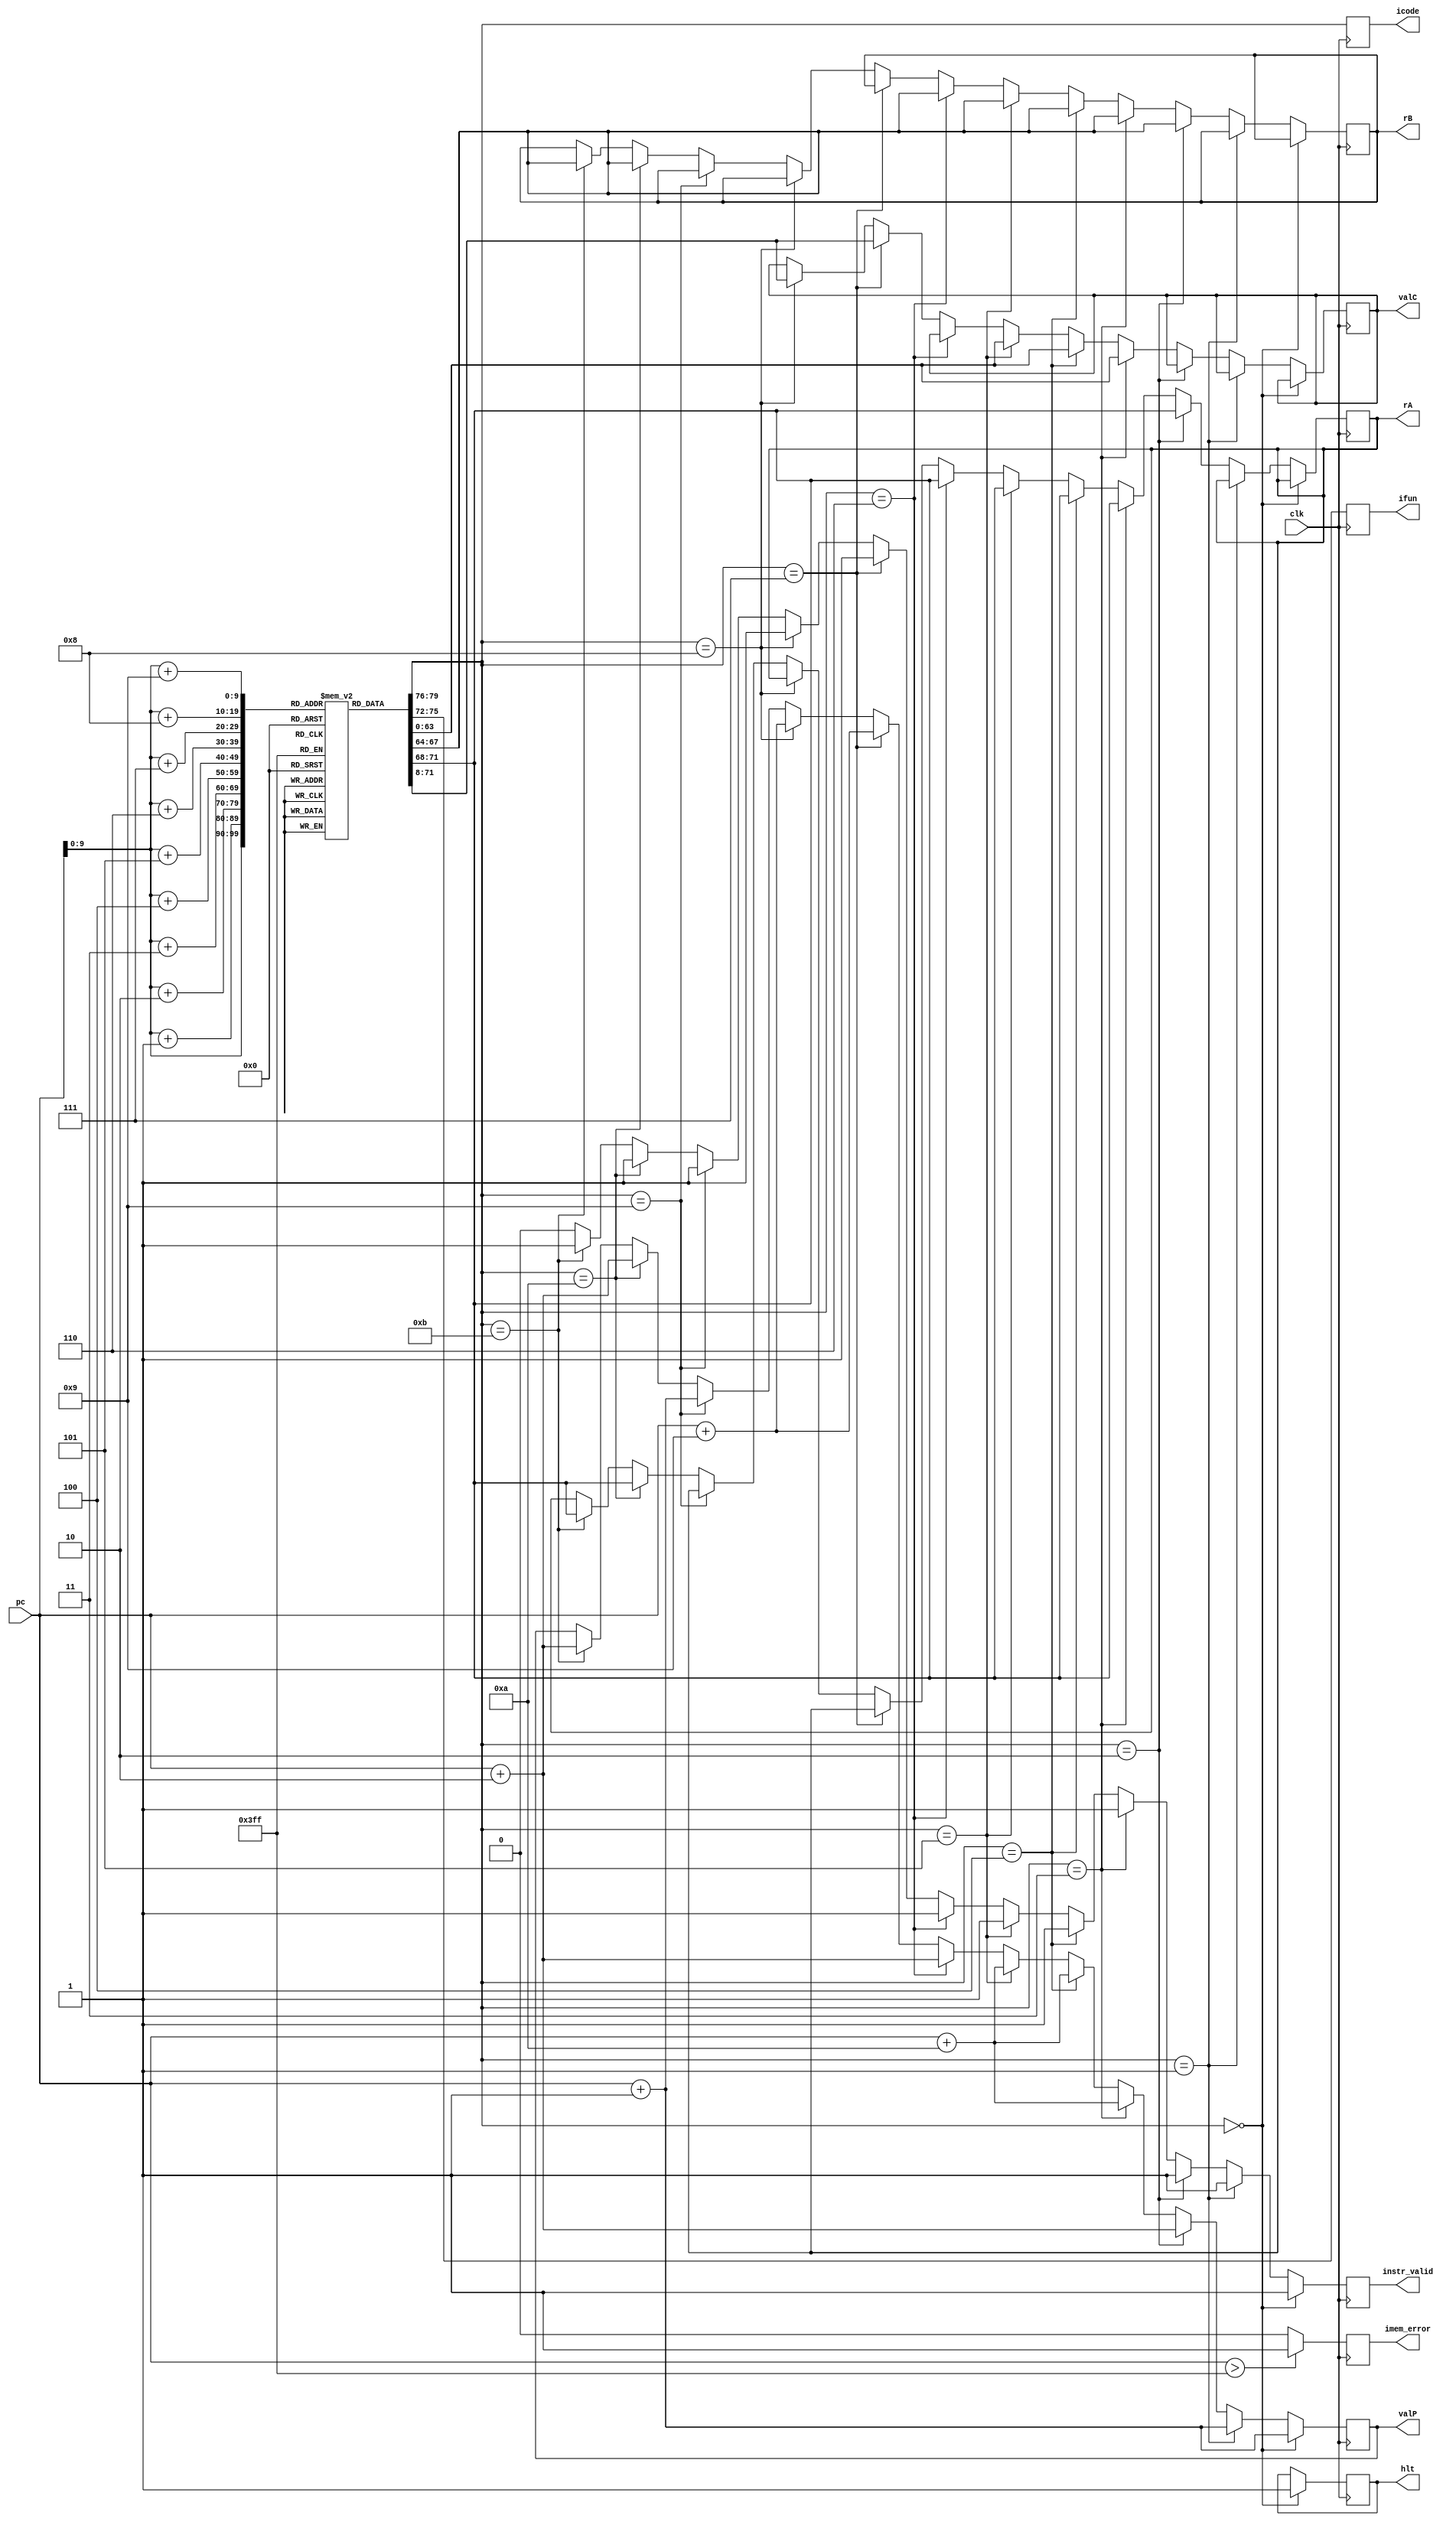
`timescale 1ns / 1ps

module fetch(
  input clk,input [63:0] pc,
  output reg [3:0] icode,output reg [3:0] ifun,output reg [3:0] rA,output reg [3:0] rB,output reg [63:0] valC,output reg [63:0] valP,
  output reg instr_valid,output reg imem_error,output reg hlt
);
  reg [7:0] instr_mem[0:1023];
  reg [0:79] instr;

  initial begin
//OPq
    instr_mem[32]=8'b01100000; 
    instr_mem[33]=8'b00100011; 
    instr_mem[34]=8'b00010000; 
    instr_mem[35]=8'b00010000; 
    instr_mem[36]=8'b00010000; 
  //cmovxx
    instr_mem[37]=8'b00100000; 
    instr_mem[38]=8'b00000100; 
    instr_mem[39]=8'b00010000;
    instr_mem[40]=8'b00010000; 
    instr_mem[41]=8'b00010000; 
    instr_mem[42]=8'b00010000; 
    instr_mem[43]=8'b00010000; 
    instr_mem[44]=8'b00010000; 
  //halt
    instr_mem[45]=8'b00000000; 
  end  
  always@(posedge clk) 
  begin 

    imem_error=0;
    if(pc>1023)imem_error=1;
    instr={
      instr_mem[pc],
      instr_mem[pc+1],
      instr_mem[pc+2],
      instr_mem[pc+3],
      instr_mem[pc+4],
      instr_mem[pc+5],
      instr_mem[pc+6],
      instr_mem[pc+7],
      instr_mem[pc+8],
      instr_mem[pc+9]
    };

    icode= instr[0:3];
    ifun= instr[4:7];

    instr_valid=1'b1;

    if(icode==4'b0000) //halt
    begin
      hlt=1;
      valP=pc+64'd1;
    end
    else if(icode==4'b0001) //nop
    begin
      valP=pc+64'd1;
    end
    else if(icode==4'b0010) //cmovxx
    begin
      rA=instr[8:11];
      rB=instr[12:15];
      valP=pc+64'd2;
    end
    else if(icode==4'b0011) //irmovq
    begin
      rA=instr[8:11];
      rB=instr[12:15];
      valC=instr[16:79];
      valP=pc+64'd10;
    end
    else if(icode==4'b0100) //rmmovq
    begin
      rA=instr[8:11];
      rB=instr[12:15];
      valC=instr[16:79];
      valP=pc+64'd10;
    end
    else if(icode==4'b0101) //mrmovq
    begin
      rA=instr[8:11];
      rB=instr[12:15];
      valC=instr[16:79];
      valP=pc+64'd10;
    end
    else if(icode==4'b0110) //OPq
    begin
      rA=instr[8:11];
      rB=instr[12:15];
      valP=pc+64'd2;
    end
    else if(icode==4'b0111) //jxx
    begin
      valC=instr[8:71];
      valP=pc+64'd9;
    end
    else if(icode==4'b1000) //call
    begin
      valC=instr[8:71];
      valP=pc+64'd9;
    end
    else if(icode==4'b1001) //ret
    begin
      valP=pc+64'd1;
    end
    else if(icode==4'b1010) //pushq
    begin
      rA=instr[8:11];
      rB=instr[12:15];
      valP=pc+64'd2;
    end
    else if(icode==4'b1011) //popq
    begin
      rA=instr[8:11];
      rB=instr[12:15];
      valP=pc+64'd2;
    end
    else 
    begin
      instr_valid=1'b0;
    end
  end

endmodule